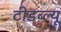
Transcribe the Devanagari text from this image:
टीडब्‍ल्‍यू